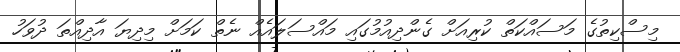
މިސްކިތުގެ މަސައްކަތް ކުރިއަށް ގެންދިއުމުގައި މައްސަލައެއް ނެތް ކަމަށް މިދިޔަ އާދިއްތަ ދުވަހު